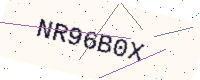
Text: NR96B0X